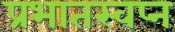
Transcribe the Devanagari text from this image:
प्रभातस्वप्न